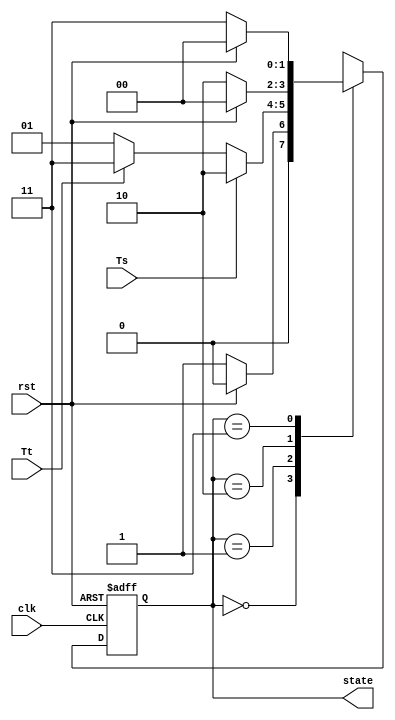
module fsm(clk,rst,state,Ts,Tt);		//
input clk,rst,Ts,Tt;
output [1:0] state;
reg [1:0] state,next_state;
parameter state0=2'b00,state1=2'b01,state2=2'b10,state3=2'b11;
//										
always @(posedge clk or posedge rst)		//statenext_state
begin
	if(rst) state<=state0;                 //state
	else state<=next_state;
end

always @(state or Ts or Tt or rst)     //
begin
	case(state)
	state0:begin
	if(!rst) next_state<=state1;        //
	else next_state<=state0;            //
	end
	state1:begin
	if(Ts) next_state<=state2;          //
	else if(Tt) next_state<=state3;     //
	else next_state<=state1;            //
	end
	state2:begin
	if(rst) next_state<=state0;         //
	else next_state<=state2;            //
	end
	state3:begin
	if(rst) next_state<=state0;         //
	else next_state<=state3;            //
	end
endcase
end

endmodule